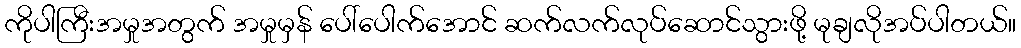
ကိုပါကြီးအမှုအတွက် အမှုမှန် ပေါ်ပေါက်အောင် ဆက်လက်လုပ်ဆောင်သွားဖို့ မုချလိုအပ်ပါတယ်။